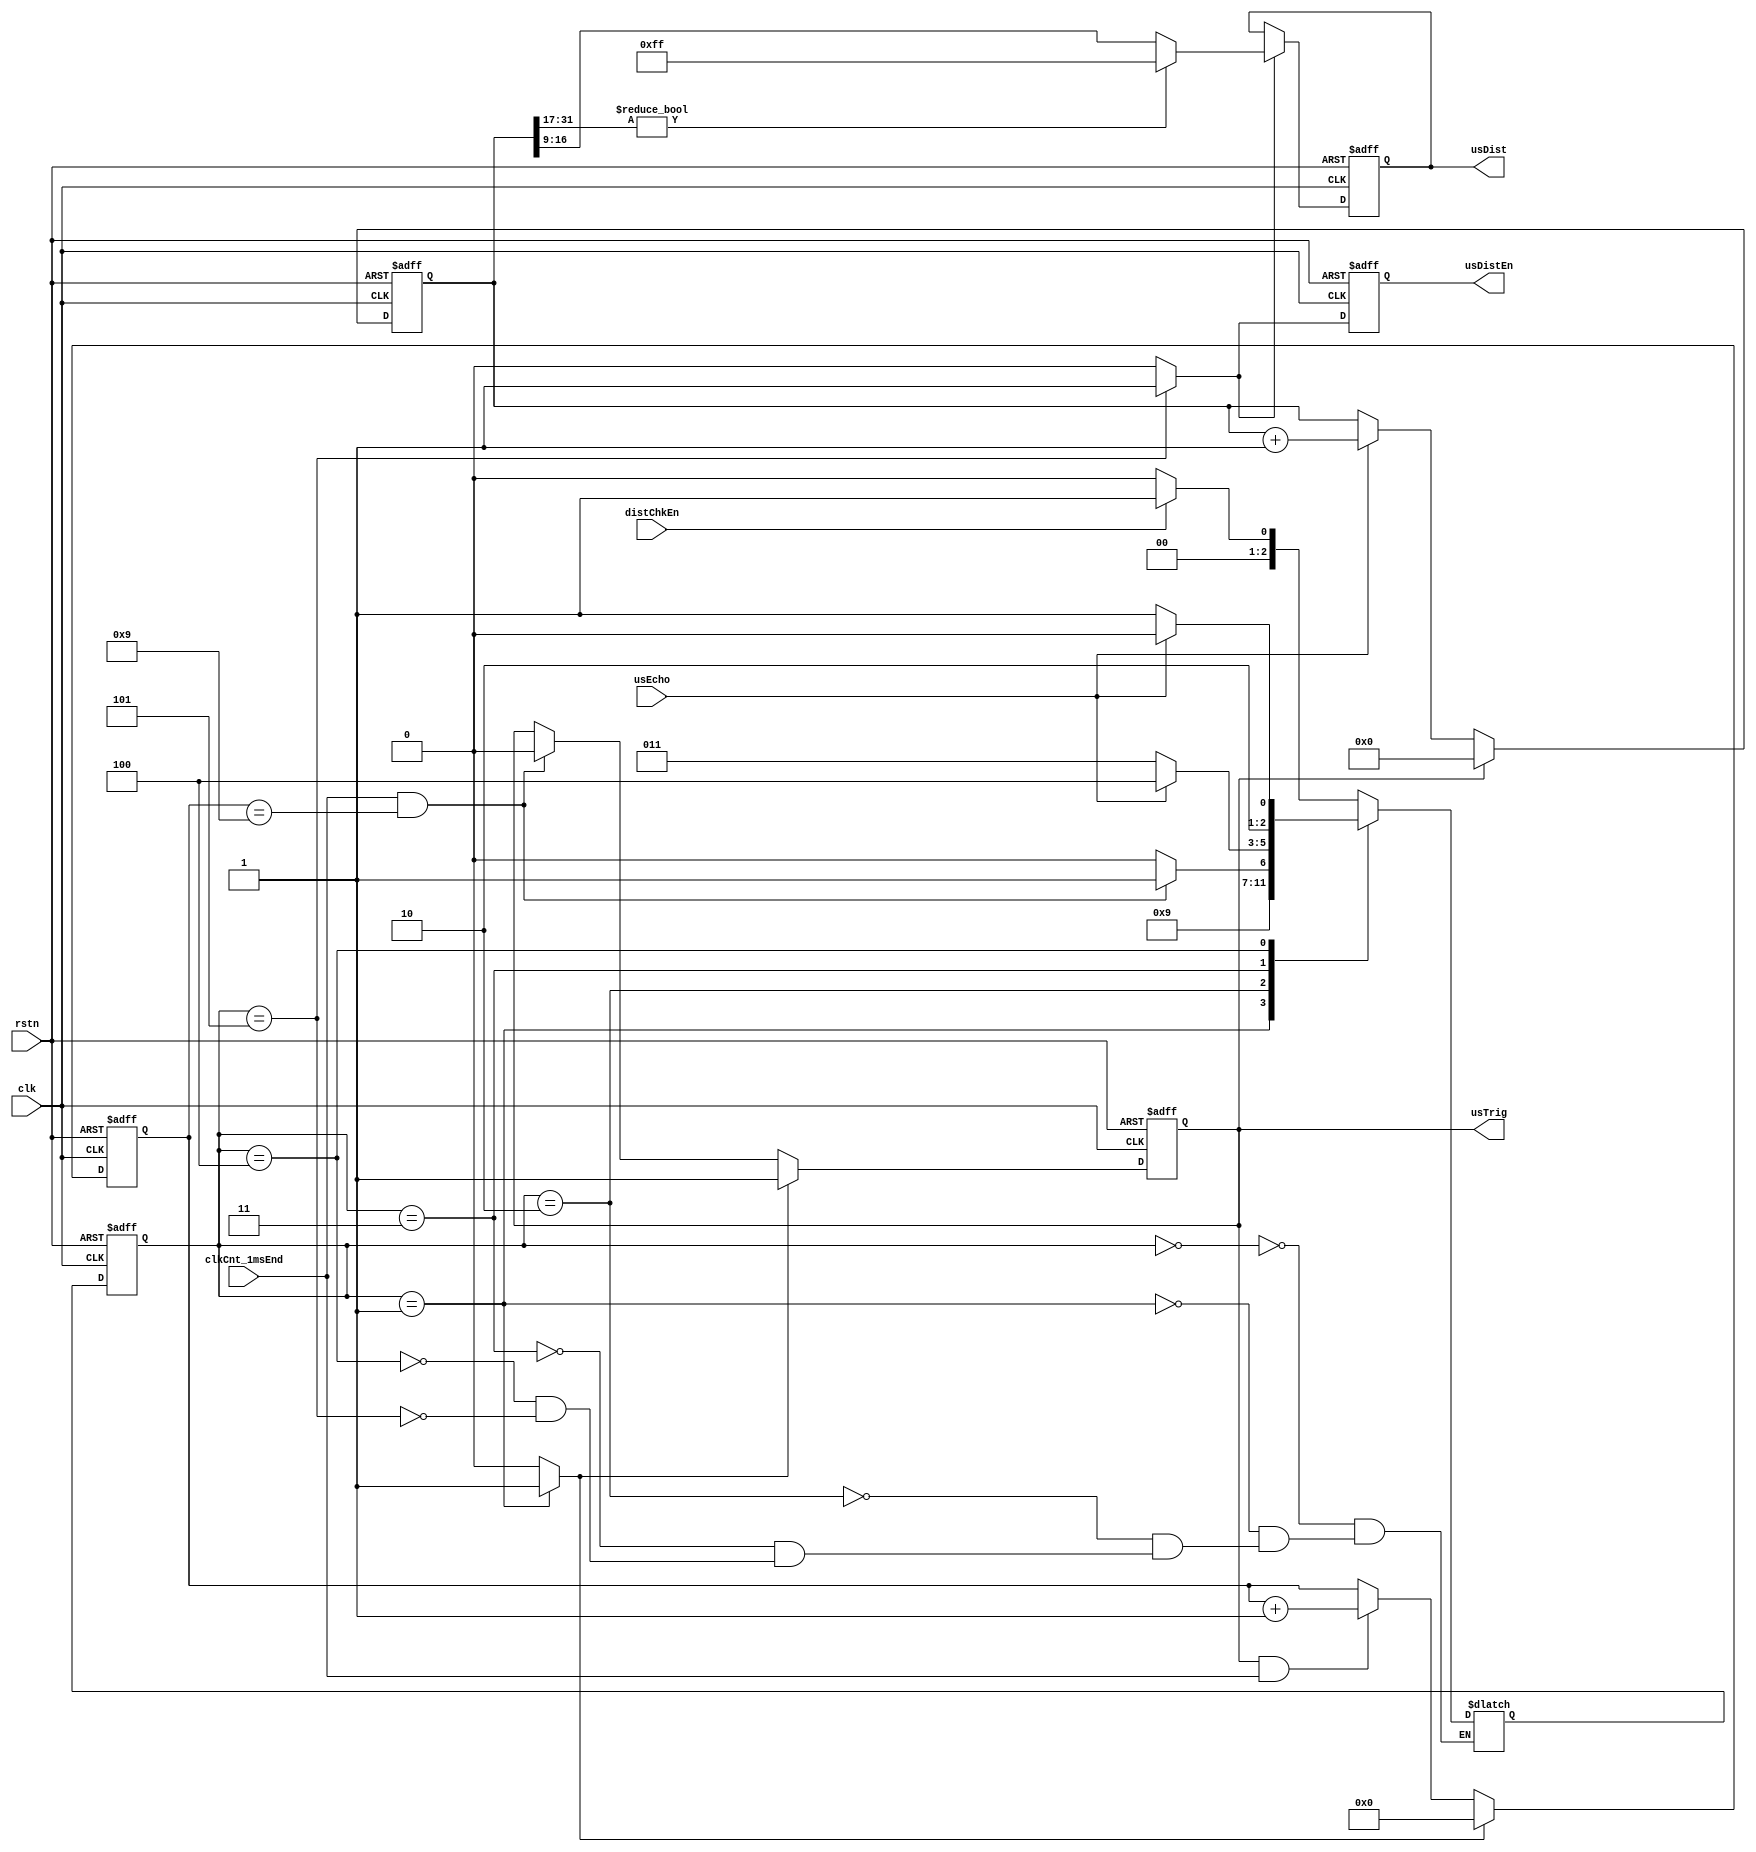

module wm_us_ctrl (
	input			clk,			// 125MHz
	input			rstn,

	input			distChkEn,
	input			clkCnt_1msEnd,
	input			usEcho,
	output			usTrig,
	output reg		usDistEn,
	output reg	[7:0]	usDist
);

	reg				trigStart;
	reg				usDistEnP;

	reg				trigCntEn;
	reg		[7:0]	trigCnt;
	wire trigCntEnd = clkCnt_1msEnd & (trigCnt == 9);

	always @(posedge clk or negedge rstn) begin
		if (~rstn)
			trigCntEn <= 0;
		else if (trigStart)
			trigCntEn <= 1;
		else if (trigCntEnd)
			trigCntEn <= 0;
	end

	always @(posedge clk or negedge rstn) begin
		if (~rstn)
			trigCnt <= 0;
		else if (trigStart)
			trigCnt <= 0;
		else if (trigCntEn & clkCnt_1msEnd)
			trigCnt <= trigCnt + 1;
	end

	assign usTrig = trigCntEn;

	reg		[31:0]	echoCnt;
	always @(posedge clk or negedge rstn) begin
		if (~rstn)
			echoCnt <= 0;
		else if (usTrig)
			echoCnt <= 0;
		else if (usEcho)
			echoCnt <= echoCnt + 1;
	end

	//assign usDist = (echoCnt[31:16]) ? 8'hff : echoCnt[15:8];

	always @(posedge clk or negedge rstn) begin
		if (~rstn)
			usDist <= 0;
		else if (usDistEnP)
			//usDist <= (echoCnt[31:18]) ? 8'hff : echoCnt[17:10];
			usDist <= (echoCnt[31:17]) ? 8'hff : echoCnt[16:9];
	end

	always @(posedge clk or negedge rstn) begin
		if (~rstn)
			usDistEn <= 0;
		else
			usDistEn <= usDistEnP;
	end

	`define FSM_US_IDLE			0
	`define FU_START			1
	`define FU_TRIG				2
	`define FU_WAIT_ECHO_HIGH	3
	`define FU_WAIT_ECHO_LOW	4
	`define FU_END				5

	reg		[2:0]	fsm_us;
	reg		[2:0]	fsm_usN;
	always @(posedge clk or negedge rstn) begin
		if (~rstn)
			fsm_us = `FSM_US_IDLE;
		else
			fsm_us = fsm_usN;
	end

	always @(*) begin

		trigStart = 0;
		usDistEnP = 0;

		case (fsm_us)
			`FSM_US_IDLE : begin
				if (distChkEn)
					fsm_usN = `FU_START;
				else
					fsm_usN = `FSM_US_IDLE;
			end
			`FU_START : begin
				fsm_usN = `FU_TRIG;
				trigStart = 1;
			end
			`FU_TRIG : begin
				if (trigCntEnd)
					fsm_usN = `FU_WAIT_ECHO_HIGH;
				else
					fsm_usN = `FU_TRIG;
			end
			`FU_WAIT_ECHO_HIGH : begin
				if (usEcho)
					fsm_usN = `FU_WAIT_ECHO_LOW;
				else
					fsm_usN = `FU_WAIT_ECHO_HIGH;
			end
			`FU_WAIT_ECHO_LOW : begin
				if (~usEcho)
					fsm_usN = `FU_END;
				else
					fsm_usN = `FU_WAIT_ECHO_LOW;
			end
			`FU_END : begin
				if (distChkEn)
					fsm_usN = `FU_START;
				else
					fsm_usN = `FSM_US_IDLE;
				usDistEnP = 1;
			end
		endcase
	end


endmodule